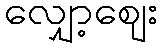
လျှော့ဈေး